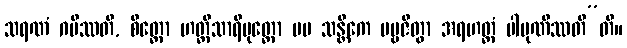
သရဏံ ဂမိဿတိ, စိတ္တော ဟတ္ထိသာရိပုတ္တော မမ သန္တိကေ ပဗ္ဗဇိတွာ အရဟတ္တံ ပါပုဏိဿတီ”တိ။